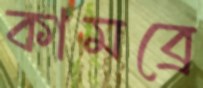
কামব্রে